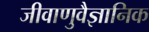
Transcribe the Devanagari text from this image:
जीवाणुवैज्ञानिक